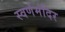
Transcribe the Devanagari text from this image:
स्वर्णमंदिर